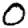
Digit: 0